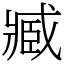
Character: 臧